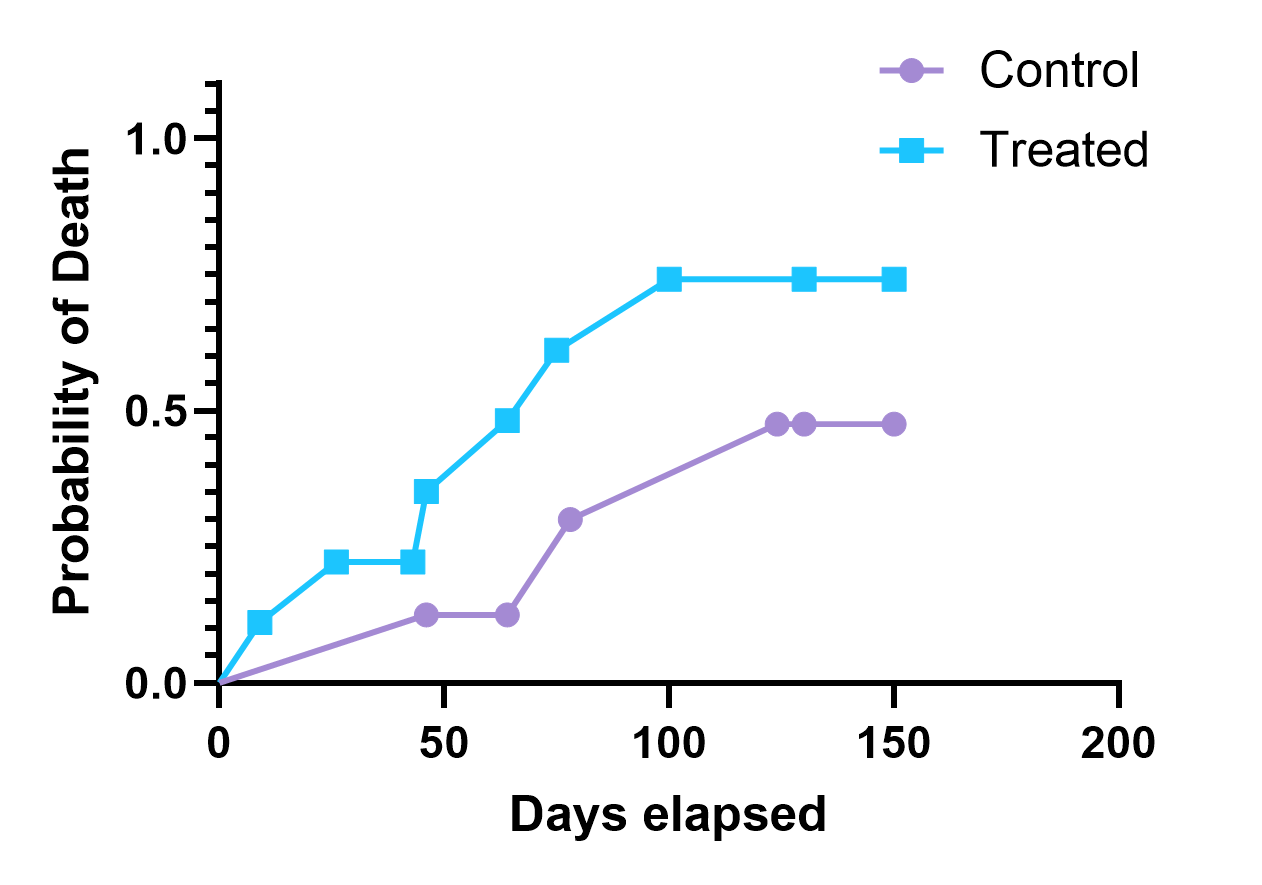
graphpad, survival, two groups, point